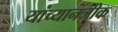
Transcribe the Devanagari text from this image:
यांच्यानजीक